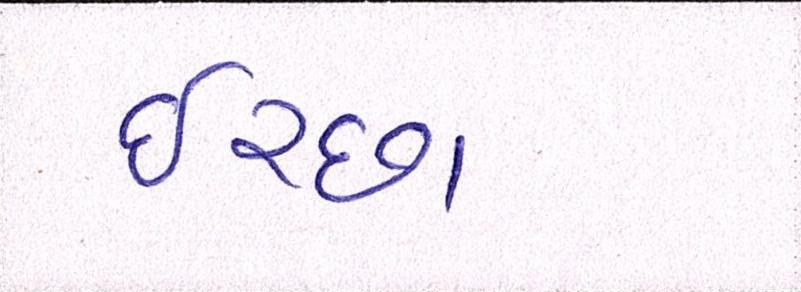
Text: ઈચ્છા